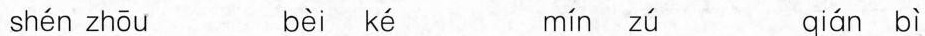
shén zhōu bèi ké mín zú qián bì